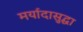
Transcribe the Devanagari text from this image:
मर्यादासुद्धा